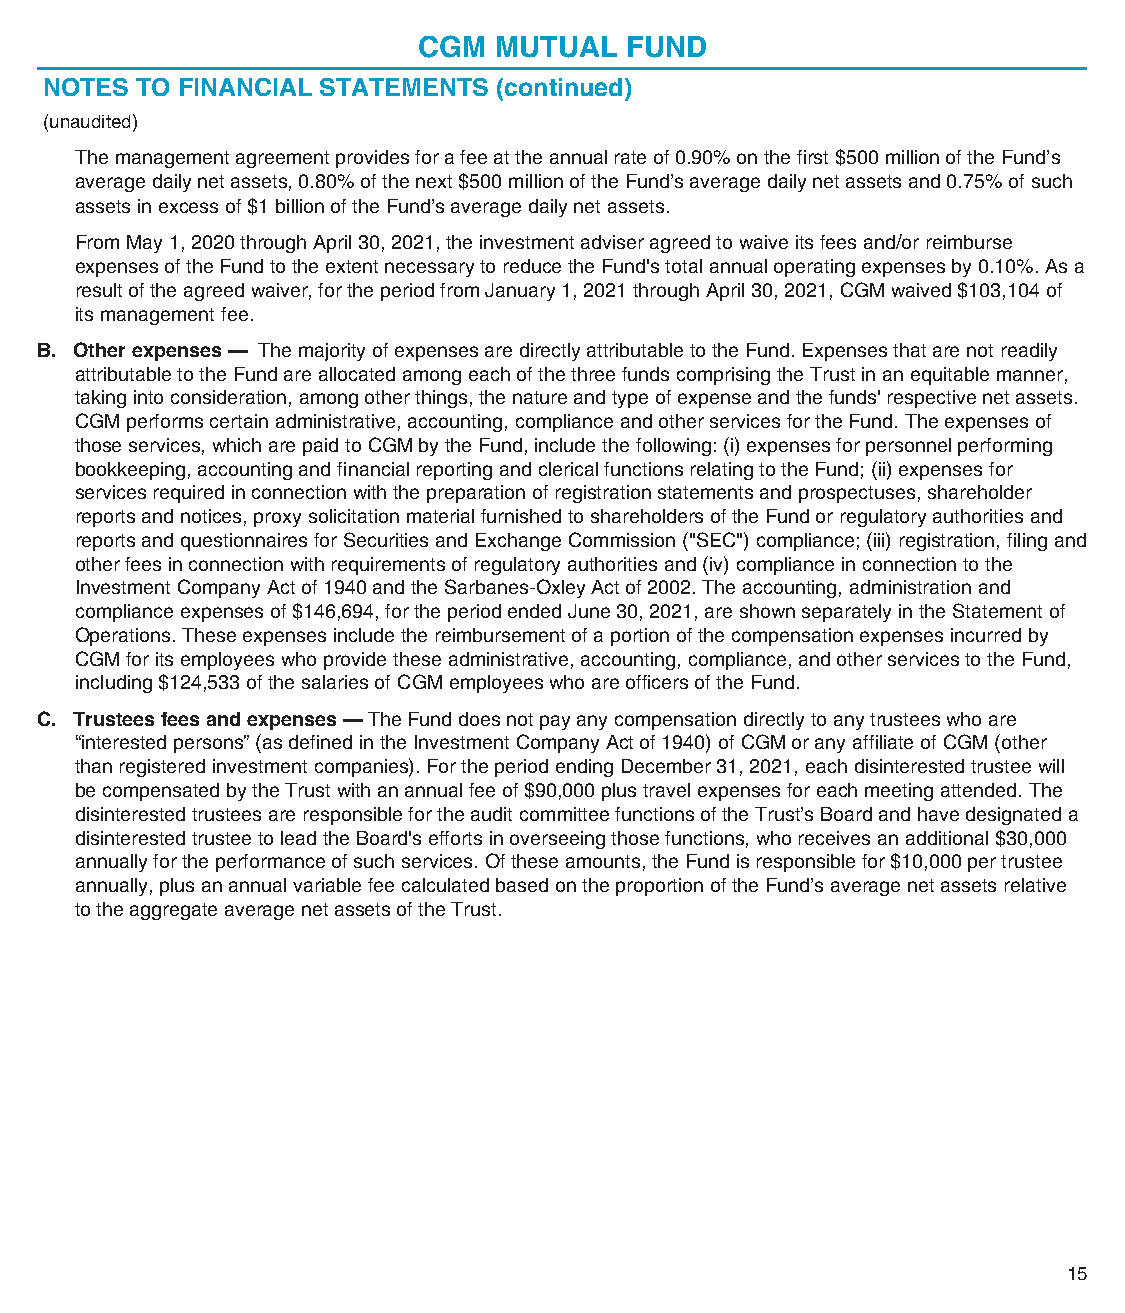
CGM  MUTUAL  FUND
 NOTES TO FINANCIAL STATEMENTS (continued)
 (unaudited)
 The management agreement provides for a fee at the annual rate of 0.90% on the first $500 million of the Fund’s
 average daily net assets, 0.80% of the next $500 million of the Fund’s average daily net assets and 0.75% of such
 assets in excess of $1 billion of the Fund’s average daily net assets.
 From May 1, 2020 through April 30, 2021, the investment adviser agreed to waive its fees and/or reimburse
 expenses of the Fund to the extent necessary to reduce the Fund's total annual operating expenses by 0.10%.As a
 result of the agreed waiver, for the period from January 1, 2021 through April 30, 2021, CGM waived $103,104 of
 its management fee.
 B. Other expenses — The majority of expenses are directly attributable to the Fund. Expenses that are not readily
 attributable to the Fund are allocated among each of the three funds comprising the Trust in an equitable manner,
 taking into consideration, among other things, the nature and type of expense and the funds' respective net assets.
 CGM performs certain administrative, accounting, compliance and other services for the Fund. The expenses of
 those services, which are paid to CGM by the Fund, include the following: (i) expenses for personnel performing
 bookkeeping, accounting and financial reporting and clerical functions relating to the Fund; (ii) expenses for
 services required in connection with the preparation of registration statements and prospectuses, shareholder
 reports and notices, proxy solicitation material furnished to shareholders of the Fund or regulatory authorities and
 reports and questionnaires for Securities and Exchange Commission ("SEC") compliance; (iii) registration, filing and
 other fees in connection with requirements of regulatory authorities and (iv) compliance in connection to the
 Investment Company Act of 1940 and the Sarbanes-Oxley Act of 2002. The accounting, administration and
 compliance expenses of$146,694, for the period ended June 30, 2021, are shown separately in the Statement of
 Operations. These expenses include the reimbursement of a portion of the compensation expenses incurred by
 CGM for its employees who provide these administrative, accounting, compliance, and other services to the Fund,
 including$124,533 of the salaries of CGM employees who are officers of the Fund.
 C. Trustees fees and expenses — The Fund does not pay any compensation directly to any trustees who are
 “interested persons” (as defined in the Investment Company Act of 1940) of CGM or any affiliate of CGM (other
 than registered investment companies). For the period ending December 31, 2021, each disinterested trustee will
 be compensated by the Trust with an annual fee of $90,000 plus travel expenses for each meeting attended. The
 disinterested trustees are responsible for the audit committee functions of the Trust’s Board and have designated a
 disinterested trustee to lead the Board's efforts in overseeing those functions, who receives an additional $30,000
 annually for the performance of such services. Of these amounts, the Fund is responsible for $10,000 per trustee
 annually, plus an annual variable fee calculated based on the proportion of the Fund’s average net assets relative
 to the aggregate average net assets of the Trust.
 15